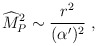
\begin{align*}{\widehat M}_P^2\sim {r^2\over(\alpha^\prime)^2}~,\end{align*}